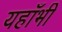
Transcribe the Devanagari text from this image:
यहाँभी